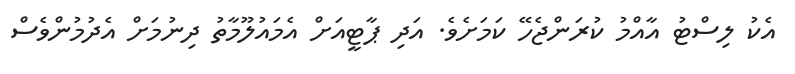
އެކު ލިސްޓު އާއްމު ކުރަންޖެހޭ ކަމަށެވެ. އަދި ޕާޓީއަށް އެމައުލޫމާތު ދިނުމަށް އެދުމުންވެސް